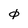
Character: 0